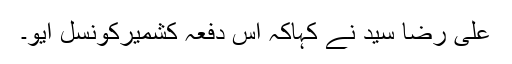
علی رضا سید نے کہاکہ اس دفعہ کشمیرکونسل ایو۔